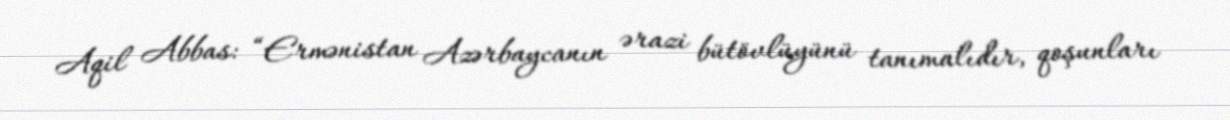
Aqil Abbas: “Ermənistan Azərbaycanın ərazi bütövlüyünü tanımalıdır, qoşunları